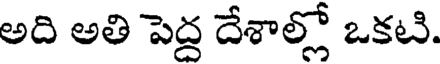
అది అతి పెద్ద దేశాల్లో ఒకటి.